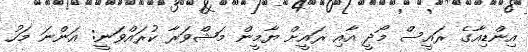
އިންޑިއާގެ ރައީސް މޯދީ އާއި ރައީށް ޔާމީން މަޝްވަރާ ކުރައްވަނީ: އަންނަ މަހު